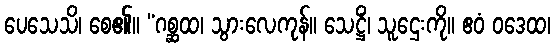
ပေသေသိ၊ စေ၏။ “ဂစ္ဆထ၊ သွားလေကုန်။ သေဋ္ဌိံ၊ သူဌေးကို။ ဧဝံ ဝဒေထ၊